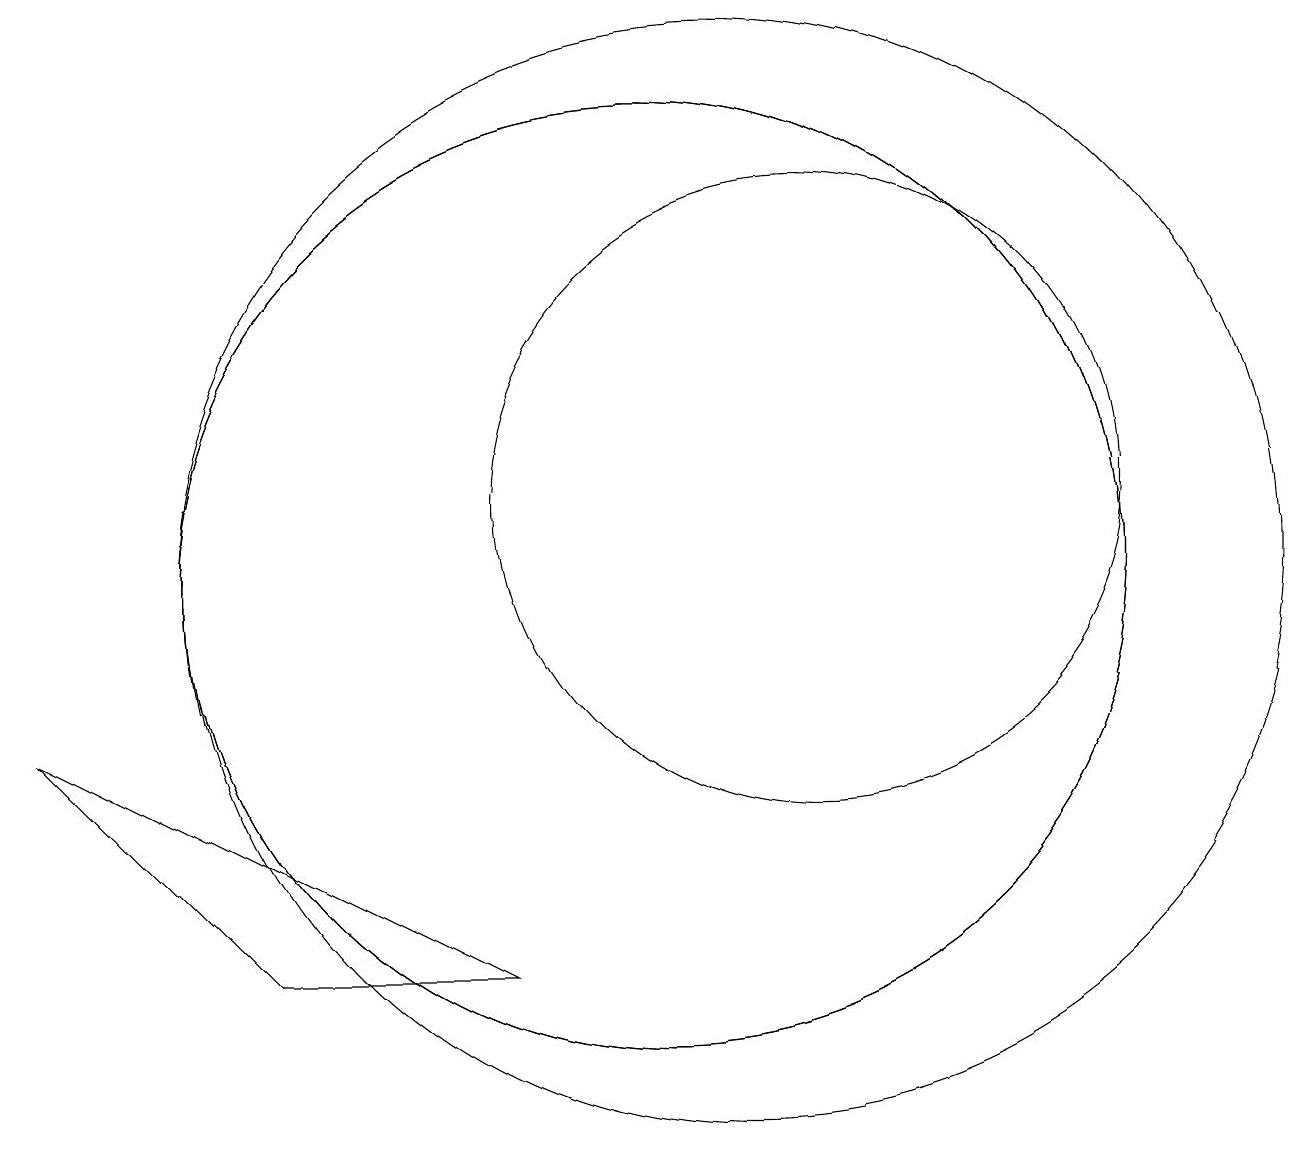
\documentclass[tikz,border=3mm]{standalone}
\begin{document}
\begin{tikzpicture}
\draw (11,10) circle (7);
\draw (10,10) circle (6);
\draw (10,10) circle (6);
\draw (2,8) -- (8,5) -- (5,5) -- cycle;
\draw (12,11) circle (4);
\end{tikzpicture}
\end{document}